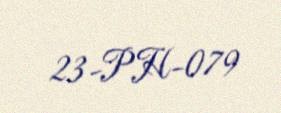
23-PH-079